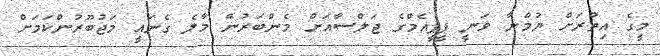
މީގެ އިތުރަށް ޔުމްނާ ވަނީ ޕީޕީއެމްގެ ޖަލްސާއަށް މެންބަރުން މާލެ ގެނައީ މަޖުބޫރުންކަމަށް